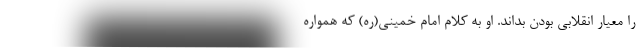
را معیار انقلابی بودن بداند. او به کلام امام خمینی(ره) که همواره